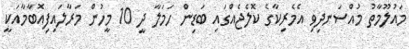
މައުލޫމާތު މުއްސަނދިވި އެމެރިކާގެ ކޮލެޖެއްގައި ބަޑިން ހަމަލާ ދީ 10 މީހުން މަރާލައިފިއޮބާމާއަކީ